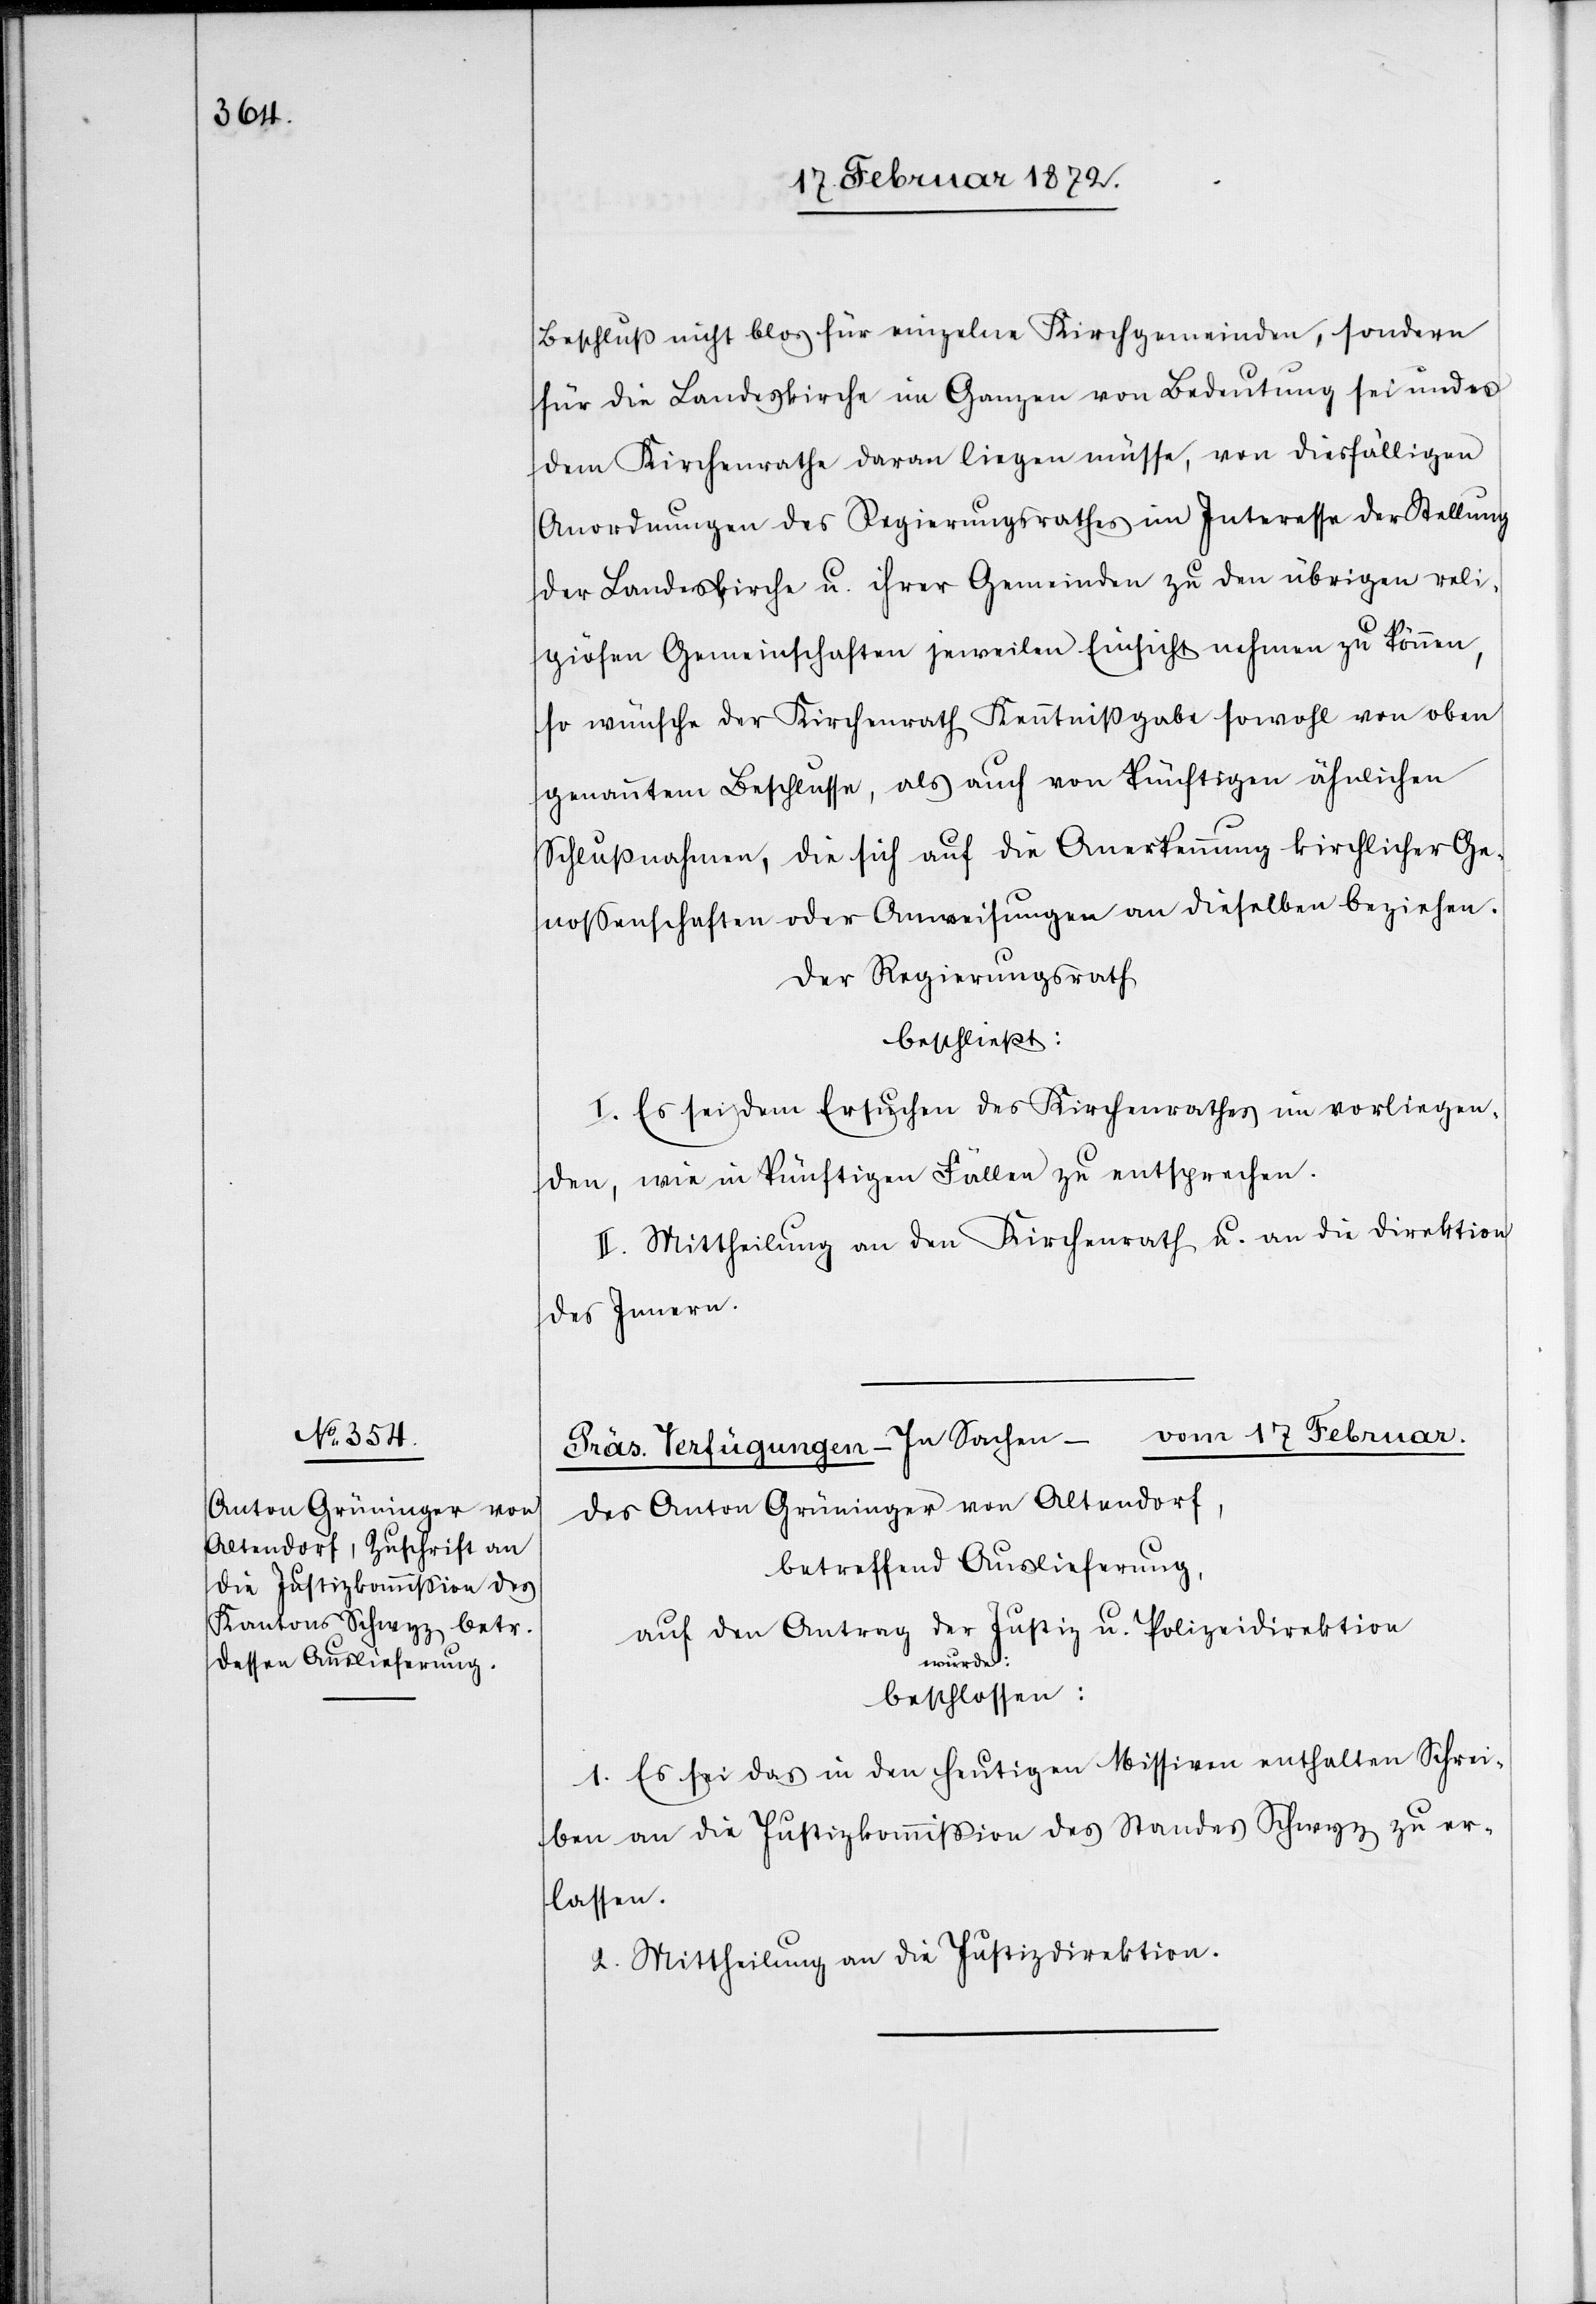
Beschluß nicht blos für einzelne Kirchgemeinden, sondern
für die Landeskirche im Ganzen von Bedeutung sei indes
dem Kirchenrath daran liegen müsse, von diesfälligen
Anordnungen des Regierungsrathes im Interesse der Stellung
der Landeskirche u. ihrer Gemeinden zu den übrigen reli¬
giösen Gemeinschaften jeweilen Einsicht nehmen zu können,
so wünsche der Kirchenrath Kenntnißgabe sowohl von oben
genanntem Beschluße, als auch von künftigen ähnlichen
Schlußnahmen, die sich auf die Anerkennung kirchlicher Ge¬
nossenschaften oder Anweisung an dieselben beziehen.
Der Regierungsrath
beschließt:
I. Es sei dem Ersuchen des Kirchenrathes im vorliegen¬
den, wie in künftigen Fällen zu entsprechen.
II. Mittheilung an den Kirchenrath u. an die Direktion
des Innern.
vom 17 Februar.
des Anton Grüninger von Altendorf,
betreffend Auslieferung,
auf den Antrag der Justiz- u. Polizeidirektion
wurde:
beschlossen:
1. Es sei das in den heutigen Missiven enthalten[e] Schrei¬
ben an die Justizkommission des Standes Schwyz zu er¬
lassen.
2. Mittheilung an die Justizdirektion.